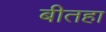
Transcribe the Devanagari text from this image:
बीतहा